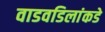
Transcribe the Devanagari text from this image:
वाडवडिलांकडे